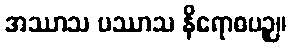
အဿာသ ပဿာသ နိရောဓပဉှ။